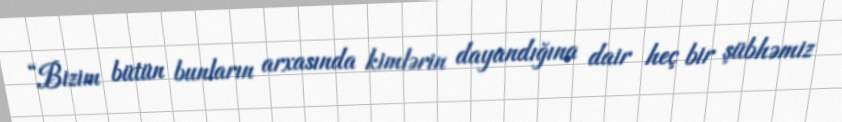
“Bizim bütün bunların arxasında kimlərin dayandığına dair heç bir şübhəmiz